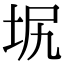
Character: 㘲